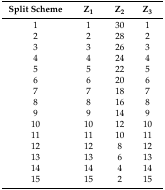
| Split Scheme | Z1 | Z2 | Z3 |
 | --- | --- | --- | --- |
 | 1 | 1 | 30 | 1 |
 | 2 | 2 | 28 | 2 |
 | 3 | 3 | 26 | 3 |
 | 4 | 4 | 24 | 4 |
 | 5 | 5 | 22 | 5 |
 | 6 | 6 | 20 | 6 |
 | 7 | 7 | 18 | 7 |
 | 8 | 8 | 16 | 8 |
 | 9 | 9 | 14 | 9 |
 | 10 | 10 | 12 | 10 |
 | 11 | 11 | 10 | 11 |
 | 12 | 12 | 8 | 12 |
 | 13 | 13 | 6 | 13 |
 | 14 | 14 | 4 | 14 |
 | 15 | 15 | 2 | 15 |